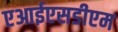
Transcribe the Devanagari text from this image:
एआईएसडीएम